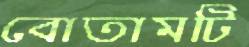
বোতামটি